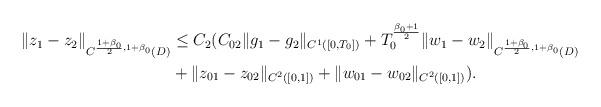
LaTeX: \begin{align*}\begin{aligned}\|z_1 - z_2\|_{C^{\frac{1+\beta_0}{2},1+\beta_0}(D)}&\leq C_2(C_{02}\|g_1-g_2\|_{C^1([0,T_0])} +T_0^{\frac{\beta_0+1}{2}}\|w_1-w_2\|_{C^{\frac{1+\beta_0}{2},1+\beta_0}(D)} \\&+\|z_{01}-z_{02}\|_{C^{2}([0,1])} + \|w_{01}-w_{02}\|_{C^{2}([0,1])}).\\\end{aligned}\end{align*}